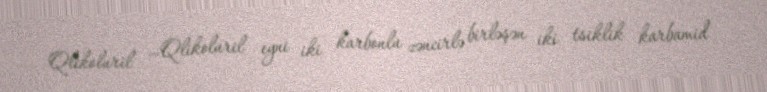
Qlikoluril —Qlikoluril eyni iki karbonlu zəncirlə birləşən iki tsiklik karbamid